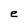
Character: e